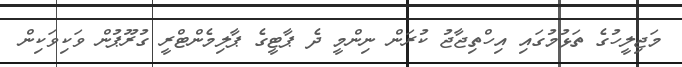
މަޖިލީހުގެ ތަޅުމުގައި އިހްތިޖާޖު ކުރަން ނިންމީ ދެ ޕާޓީގެ ޕާލިމެންޓްރީ ގުރޫޕުން ވަކިވަކިން